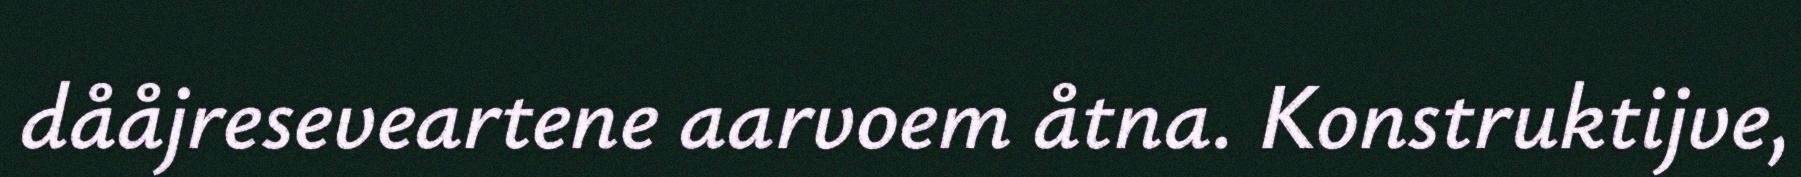
dååjreseveartene aarvoem åtna. Konstruktijve,